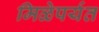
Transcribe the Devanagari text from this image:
मिळेपर्यत